Annual report on the health of the army in India
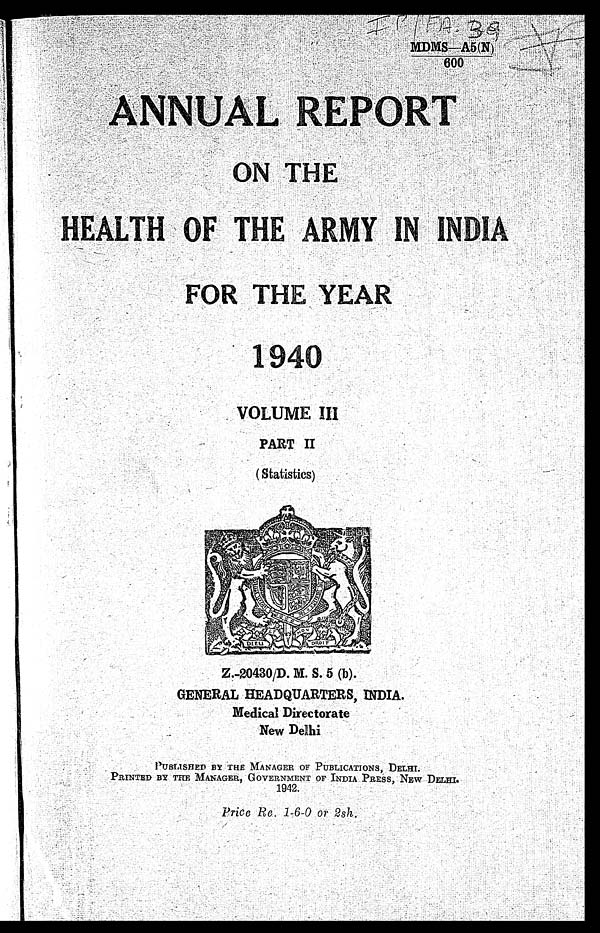
1VIDMS.A51(NY
600
. .....
ANNUAL
- • •-,',.:,' •
:
... • . . . .
. .
7 . , .
.
' E PO RT
' ..,,L..,,..:,.1 • , . : , , . : . - . . „. . . . . . _, . . . .....
. . . . 7 ...,. .....:::.„..... „:„. . . . : i .,, , . . . . . 7. . : . . . . , . . . . . . .
: . ..:::7. . . . ...,
ON THE
HEALTH :-:OF THE : ARMY IN IN fl.
FOR THE YEAR
19 •A 0
VOLUME In
PART II
( Statistics)
Z.-20430/D. M. S. 5 (b).
GENERAL HEADQUARTERS, INDIA.
Medical Directorate
New Delhi
PUBLISHED BY THE MANAGER OF PUBLICATIONS, DELHI.
PRINTED BY !ERE MANAGER, GOVERNMENT OF INDIA PRESS, NEW DELHI.
1942.
0
Price Re. 16-0 or 2sh.